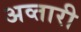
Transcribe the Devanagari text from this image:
अव्तारी